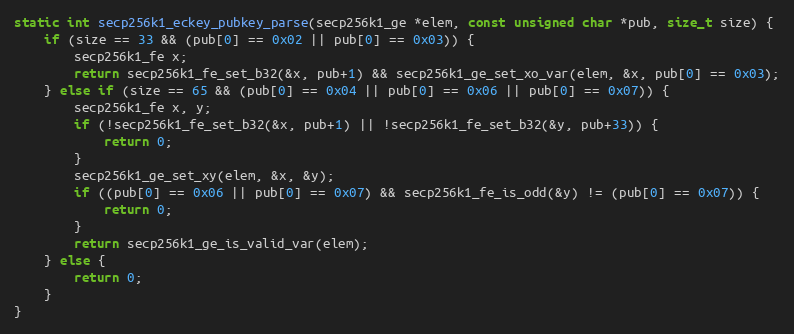
Language: C
static int secp256k1_eckey_pubkey_parse(secp256k1_ge *elem, const unsigned char *pub, size_t size) {
    if (size == 33 && (pub[0] == 0x02 || pub[0] == 0x03)) {
        secp256k1_fe x;
        return secp256k1_fe_set_b32(&x, pub+1) && secp256k1_ge_set_xo_var(elem, &x, pub[0] == 0x03);
    } else if (size == 65 && (pub[0] == 0x04 || pub[0] == 0x06 || pub[0] == 0x07)) {
        secp256k1_fe x, y;
        if (!secp256k1_fe_set_b32(&x, pub+1) || !secp256k1_fe_set_b32(&y, pub+33)) {
            return 0;
        }
        secp256k1_ge_set_xy(elem, &x, &y);
        if ((pub[0] == 0x06 || pub[0] == 0x07) && secp256k1_fe_is_odd(&y) != (pub[0] == 0x07)) {
            return 0;
        }
        return secp256k1_ge_is_valid_var(elem);
    } else {
        return 0;
    }
}